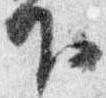
下